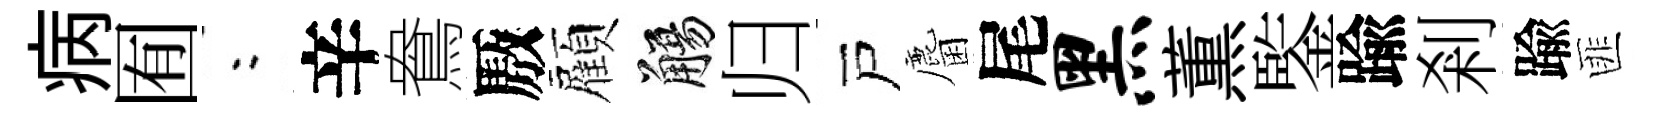
病囿欸辛鴦厫顧觴归戸麕尾黑薫鍳踰剎踰匪